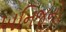
ખનિજનો